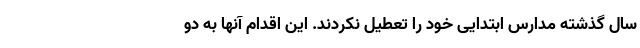
سال گذشته مدارس ابتدایی خود را تعطیل نکردند. این اقدام آنها به دو